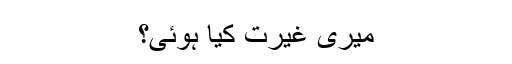
میری غیرت کیا ہوئی؟